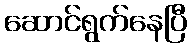
ဆောင်ရွက်နေပြီ